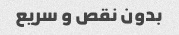
بدون نقص و سریع